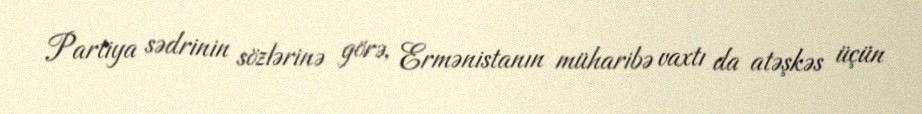
Partiya sədrinin sözlərinə görə, Ermənistanın müharibə vaxtı da atəşkəs üçün